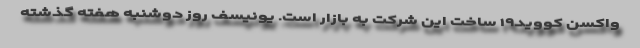
واکسن کووید۱۹ ساخت این شرکت به بازار است. یونیسف روز دوشنبه هفته گذشته